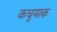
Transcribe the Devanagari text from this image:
कचुमाक